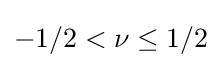
-1/2<\nu \leq 1/2